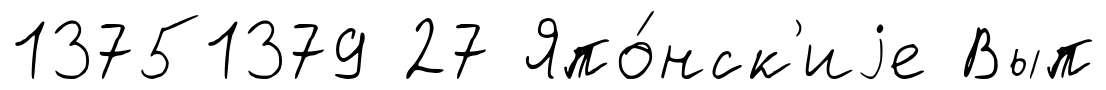
13751379 27 Япо́нск'иjе Вып